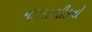
નાણાભીડનો